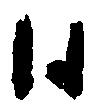
日